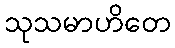
သုသမာဟိတေ